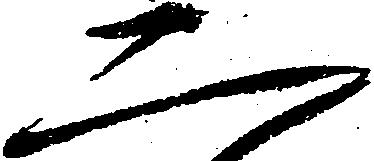
二